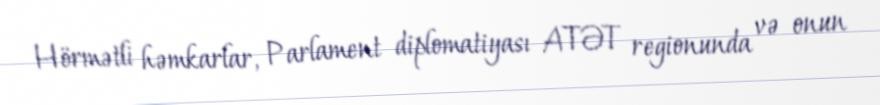
Hörmətli həmkarlar, Parlament diplomatiyası ATƏT regionunda və onun